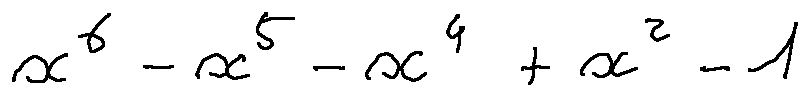
x ^ { 6 } - x ^ { 5 } - x ^ { 4 } + x ^ { 2 } - 1